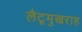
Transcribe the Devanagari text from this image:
लैटूमुखराह